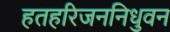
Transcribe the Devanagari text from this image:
हतहरिजननिधुवन